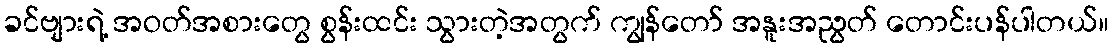
ခင်ဗျားရဲ့ အဝတ်အစားတွေ စွန်းထင်း သွားတဲ့အတွက် ကျွန်တော် အနူးအညွတ် တောင်းပန်ပါတယ်။